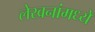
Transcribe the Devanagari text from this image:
लेखनांमध्ये